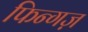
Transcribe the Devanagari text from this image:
फिन्गज़